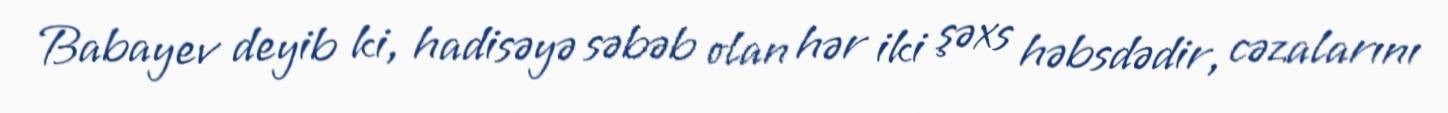
Babayev deyib ki, hadisəyə səbəb olan hər iki şəxs həbsdədir, cəzalarını